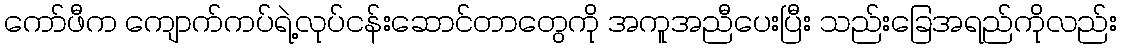
ကော်ဖီက ကျောက်ကပ်ရဲ့လုပ်ငန်းဆောင်တာတွေကို အကူအညီပေးပြီး သည်းခြေအရည်ကိုလည်း